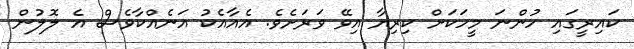
ކައިރީގައި ހުންނަ މީހަކަށް ކިރިޔާ އިވޭ ވަރަށެވެ. އެއާއެކު އަނެއްކާވެސް އެ ލޮލުން